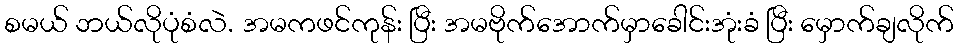
စမယ် ဘယ်လိုပုံစံလဲ. အမကဖင်ကုန်း ပြီး အမဗိုက်အောက်မှာခေါင်းအုံးခံ ပြီး မှောက်ချလိုက်